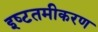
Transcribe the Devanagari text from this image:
इष्‍टतमीकरण